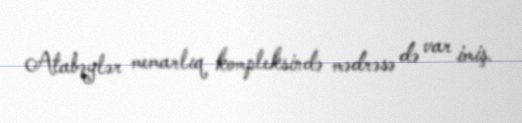
Atabəylər memarlıq kompleksində mədrəsə də var imiş.